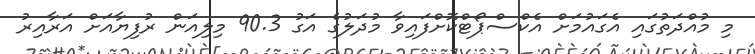
މި މުއްދަތުގައި އެގައުމަށް އެކްސްޕޯޓްކޮށްފައިވާ މުދަލުގެ އަގު 90.3 މިލިއަން ރުފިޔާއަށް އަރާއިރު